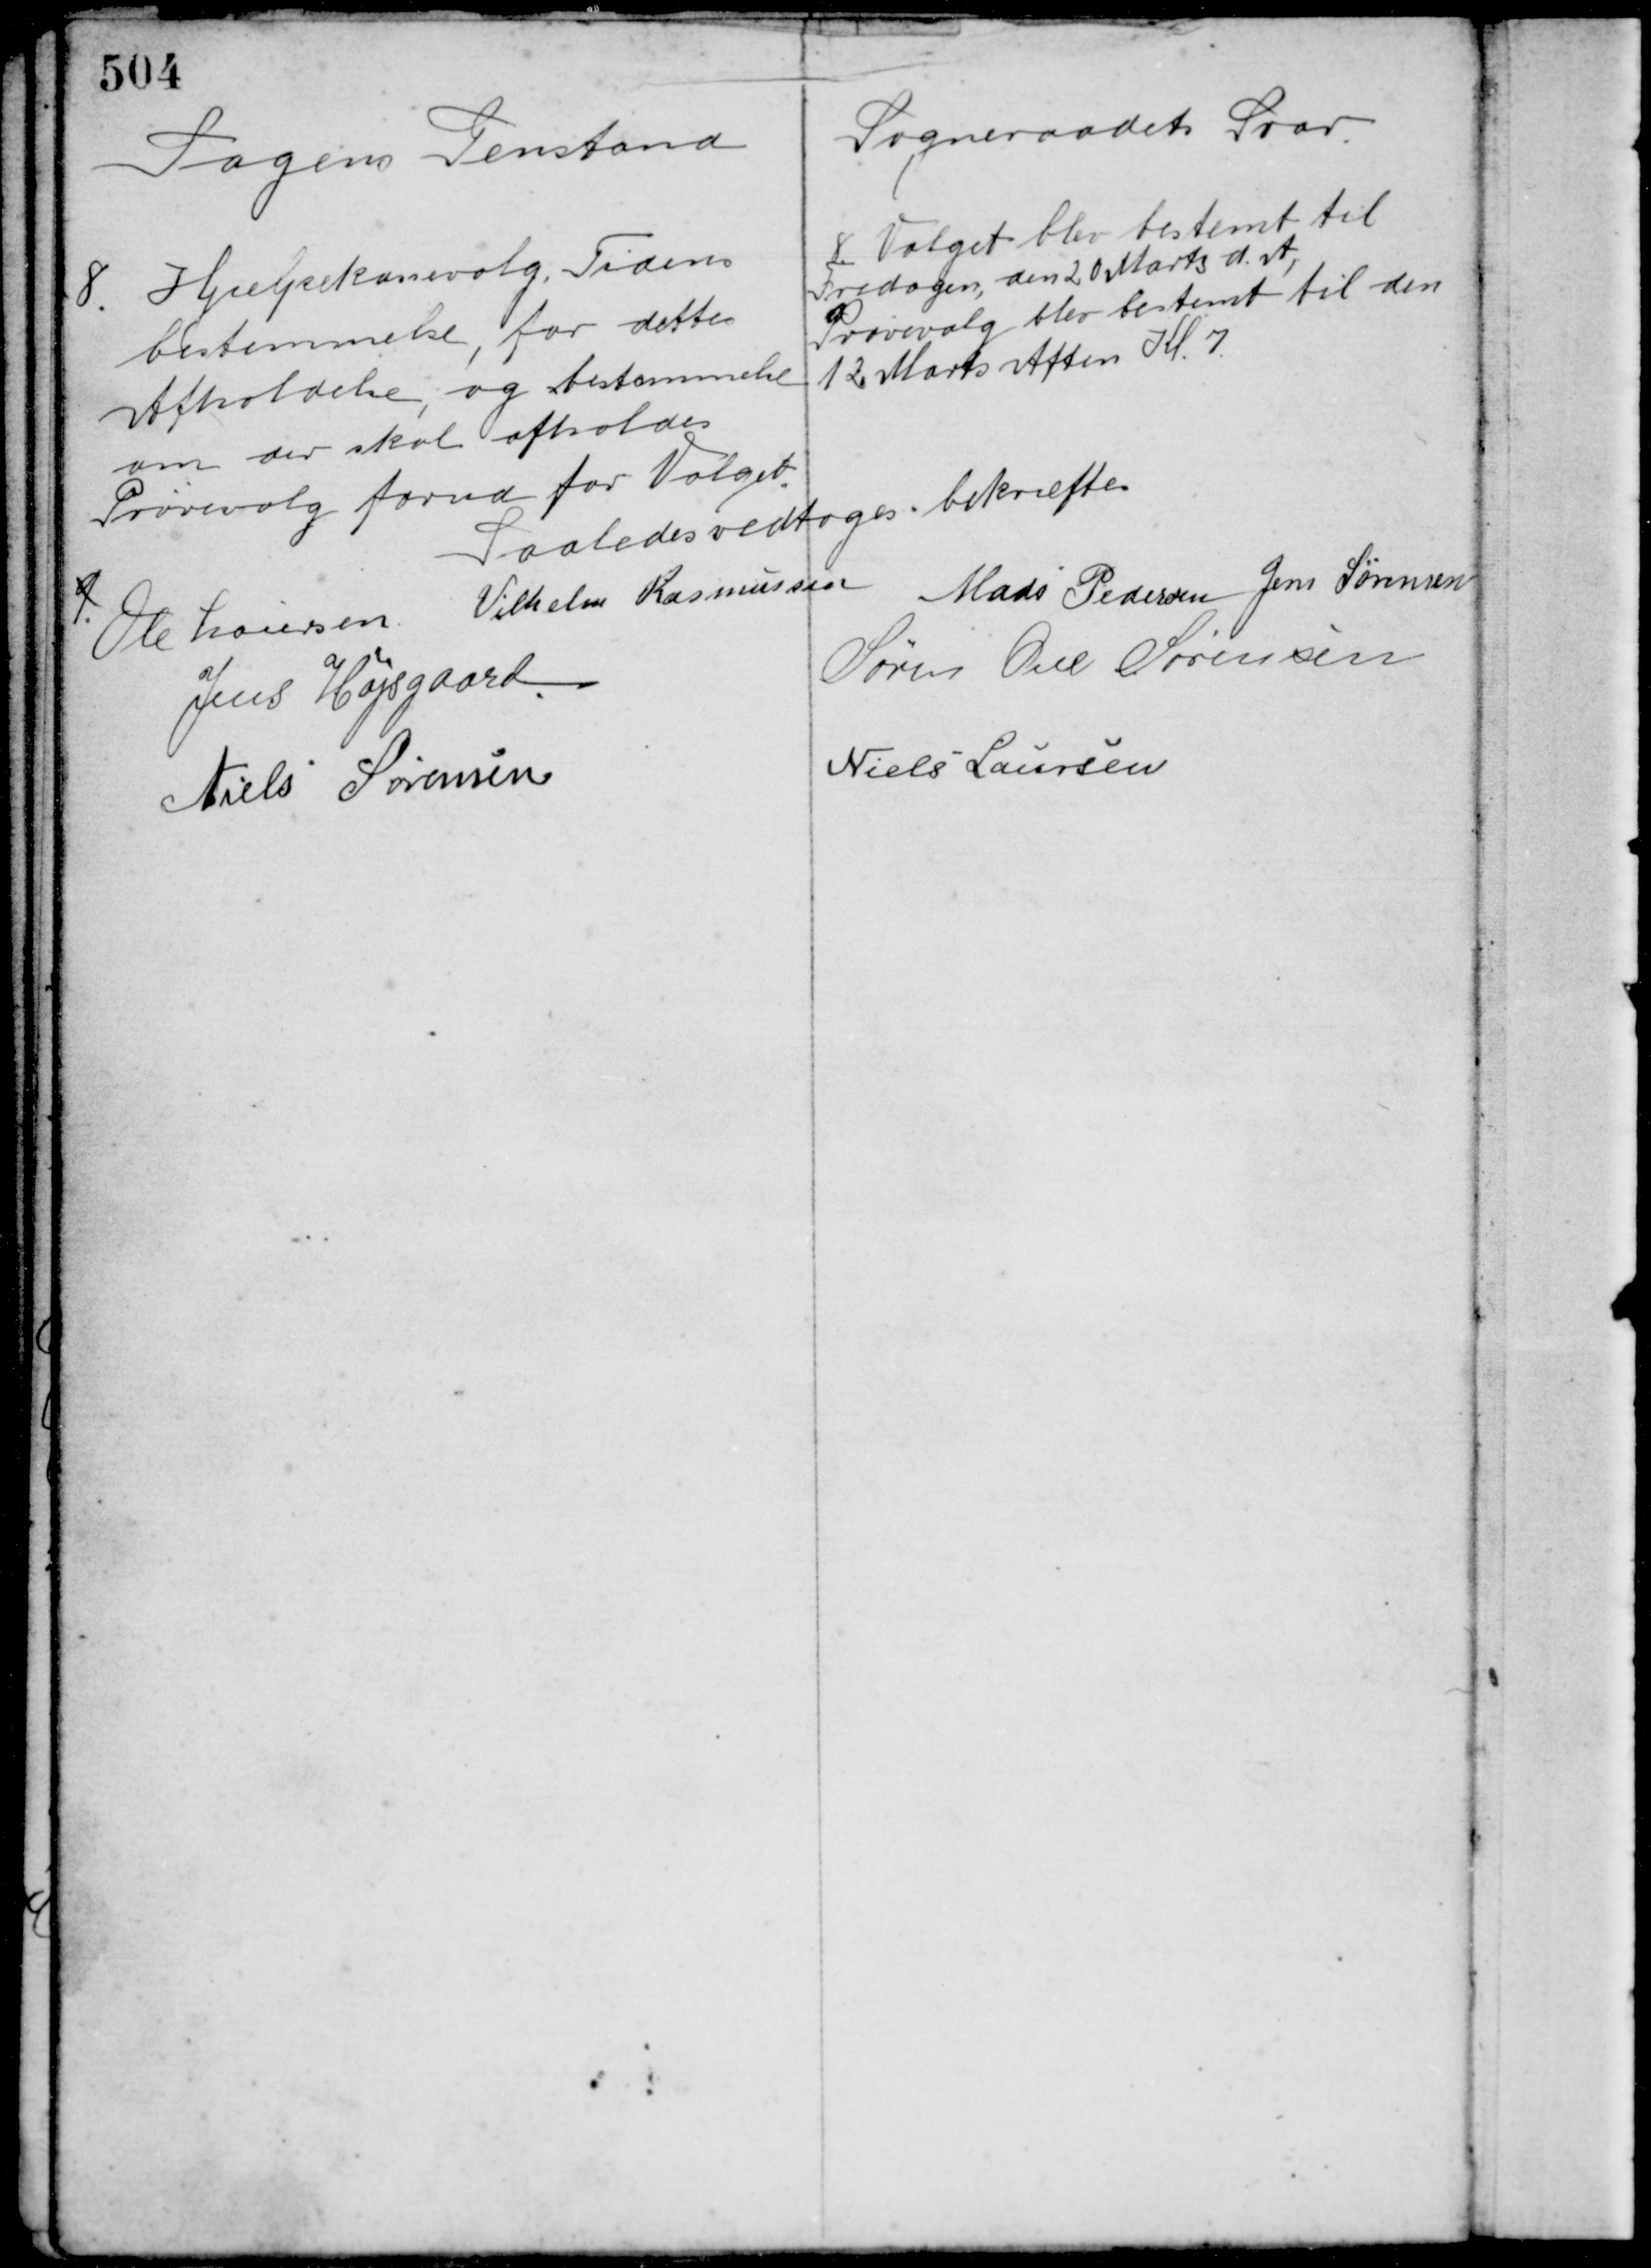
Transskription:
Sagens Genstand

Sogneraadets Svar

8. Hjælpekassevalg Tidens
bestemmelse, for dettes
Afholdelse, og bestemmelse
om der skal afholdes
Prøvevalg forud for Valget.

8 Valget blev bestemt til
Fredagen, den 20 Marts d. A.
Prøvevalg blev bestemt til den
12 Marts Aften Kl. 7.

9.
Saaledes vedtaget bekræftes
Ole Laursen Vilhelm Rasmussen Mads Pedersen Jens Sørensen
Jens Højsgaard
Søren Ove Sørensen
Niels Sørensen
Niels Laursen